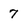
Character: 7